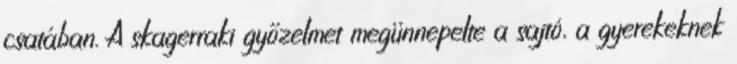
csatában. A skagerraki győzelmet megünnepelte a sajtó, a gyerekeknek